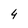
Character: 4